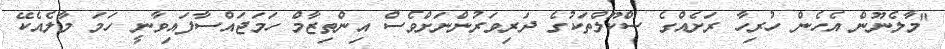
"މާލެނޫން އެހެން ހުރިހާ ރަށެއްގެ ސްކޫލްތަކުގެ ދަރިވަރުންނަށްވެސް އިންތިޒާމް ހަމަޖައްސާފައިވާނީ ހަމަ މާލެއެކޭ